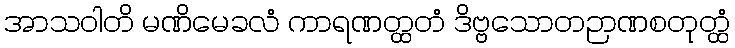
အာသဝါတိ မဏိမေခလံ ကာရဏတ္ထတံ ဒိဗ္ဗသောတဉာဏစတုတ္ထံ